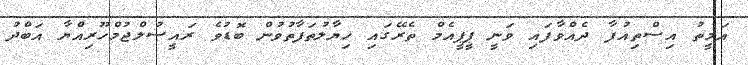
އަމީތު އިސްތިއުފާ ދެއްވާފައި ވަނީ ޕީޕީއެމް ތެރޭގައި ހިޔާލުތަފާތުވުން ބޮޑުވެ ރައީސުލްޖުމްހޫރިއްޔާ އަބްދު